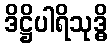
ဒိဋ္ဌိပါရိသုဒ္ဓိ